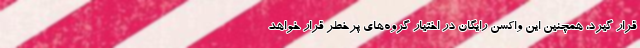
قرار گیرد، همچنین این واکسن رایگان در اختیار گروه‌های پرخطر قرار خواهد